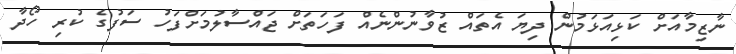
ނާޒިމާއަށް ކަޅިއަޅަމުން ދިޔަ އެތައް ޒުވާނުންނެއް ފަހަތަށް ޖައްސާލުމަށްފަހު ސަފުގެ ކުރި ހޯދާ